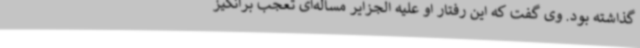
گذاشته بود. وی گفت که این رفتار او علیه الجزایر مساله‌ای تعجب برانگیز